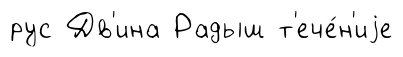
рус Дв'ина Радыш т'ече́н'иjе